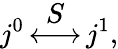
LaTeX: j^{0}\mathop{\longleftrightarrow}^{\displaystyle S}j^{1},